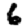
Digit: 6